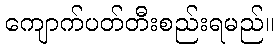
ကျောက်ပတ်တီးစည်းရမည်။